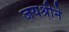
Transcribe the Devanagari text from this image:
जयश्रीने